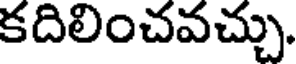
కదిలించవచ్చు.